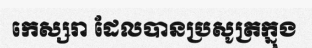
កេស្សរា ដែលបានប្រសូត្រក្នុង